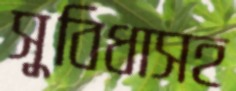
সুবিধাসহ